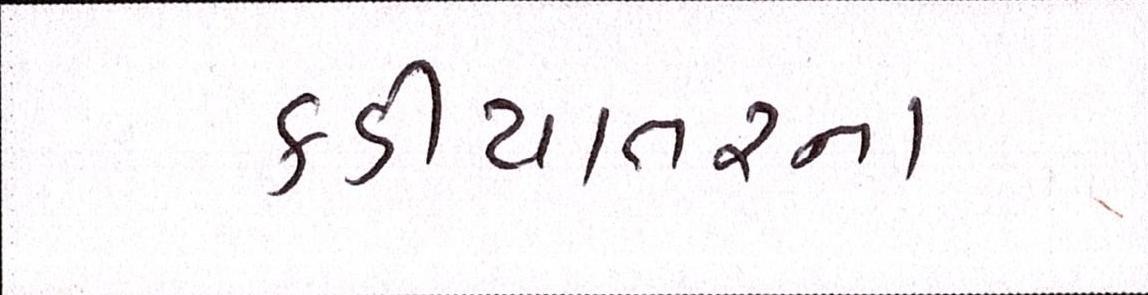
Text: કડીયાતરના